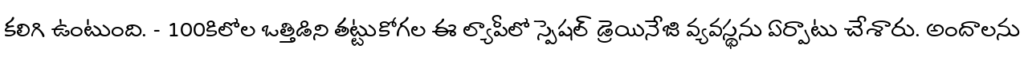
కలిగి ఉంటుంది. - 100కిలోల ఒత్తిడిని తట్టుకోగల ఈ ల్యాపీలో స్పెషల్ డ్రెయినేజి వ్యవస్థను ఏర్పాటు చేశారు. అందాలను